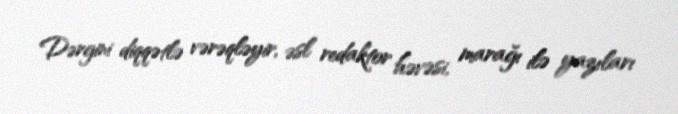
Dərgini diqqətlə vərəqləyir, əsl redaktor həvəsi, marağı ilə yazıları